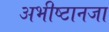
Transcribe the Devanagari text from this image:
अभीष्टानजा